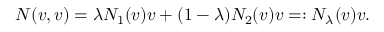
N ( v , v ) = \lambda N _ { 1 } ( v ) v + ( 1 - \lambda ) N _ { 2 } ( v ) v = : \ensuremath { N _ { \lambda } } ( v ) v .